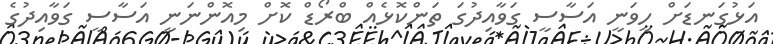
އަޅުގަނޑަށް ހީވަނީ އަސާސީ ގަވާއިދުގަ ތަންކޮޅެއް ބްރޯޑް ކޮށް މިއޮންނަނީ އަސާސީ ގަވާއިދުގެ